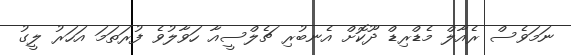
ނަމަވެސް ރެއާލްް މެޑްރިޑް ދޫކޮށް އެނބުރި ޗެލްސީއާ ހަވާލުވެ ފުރަތަަމަ އަހަރު ލީގު